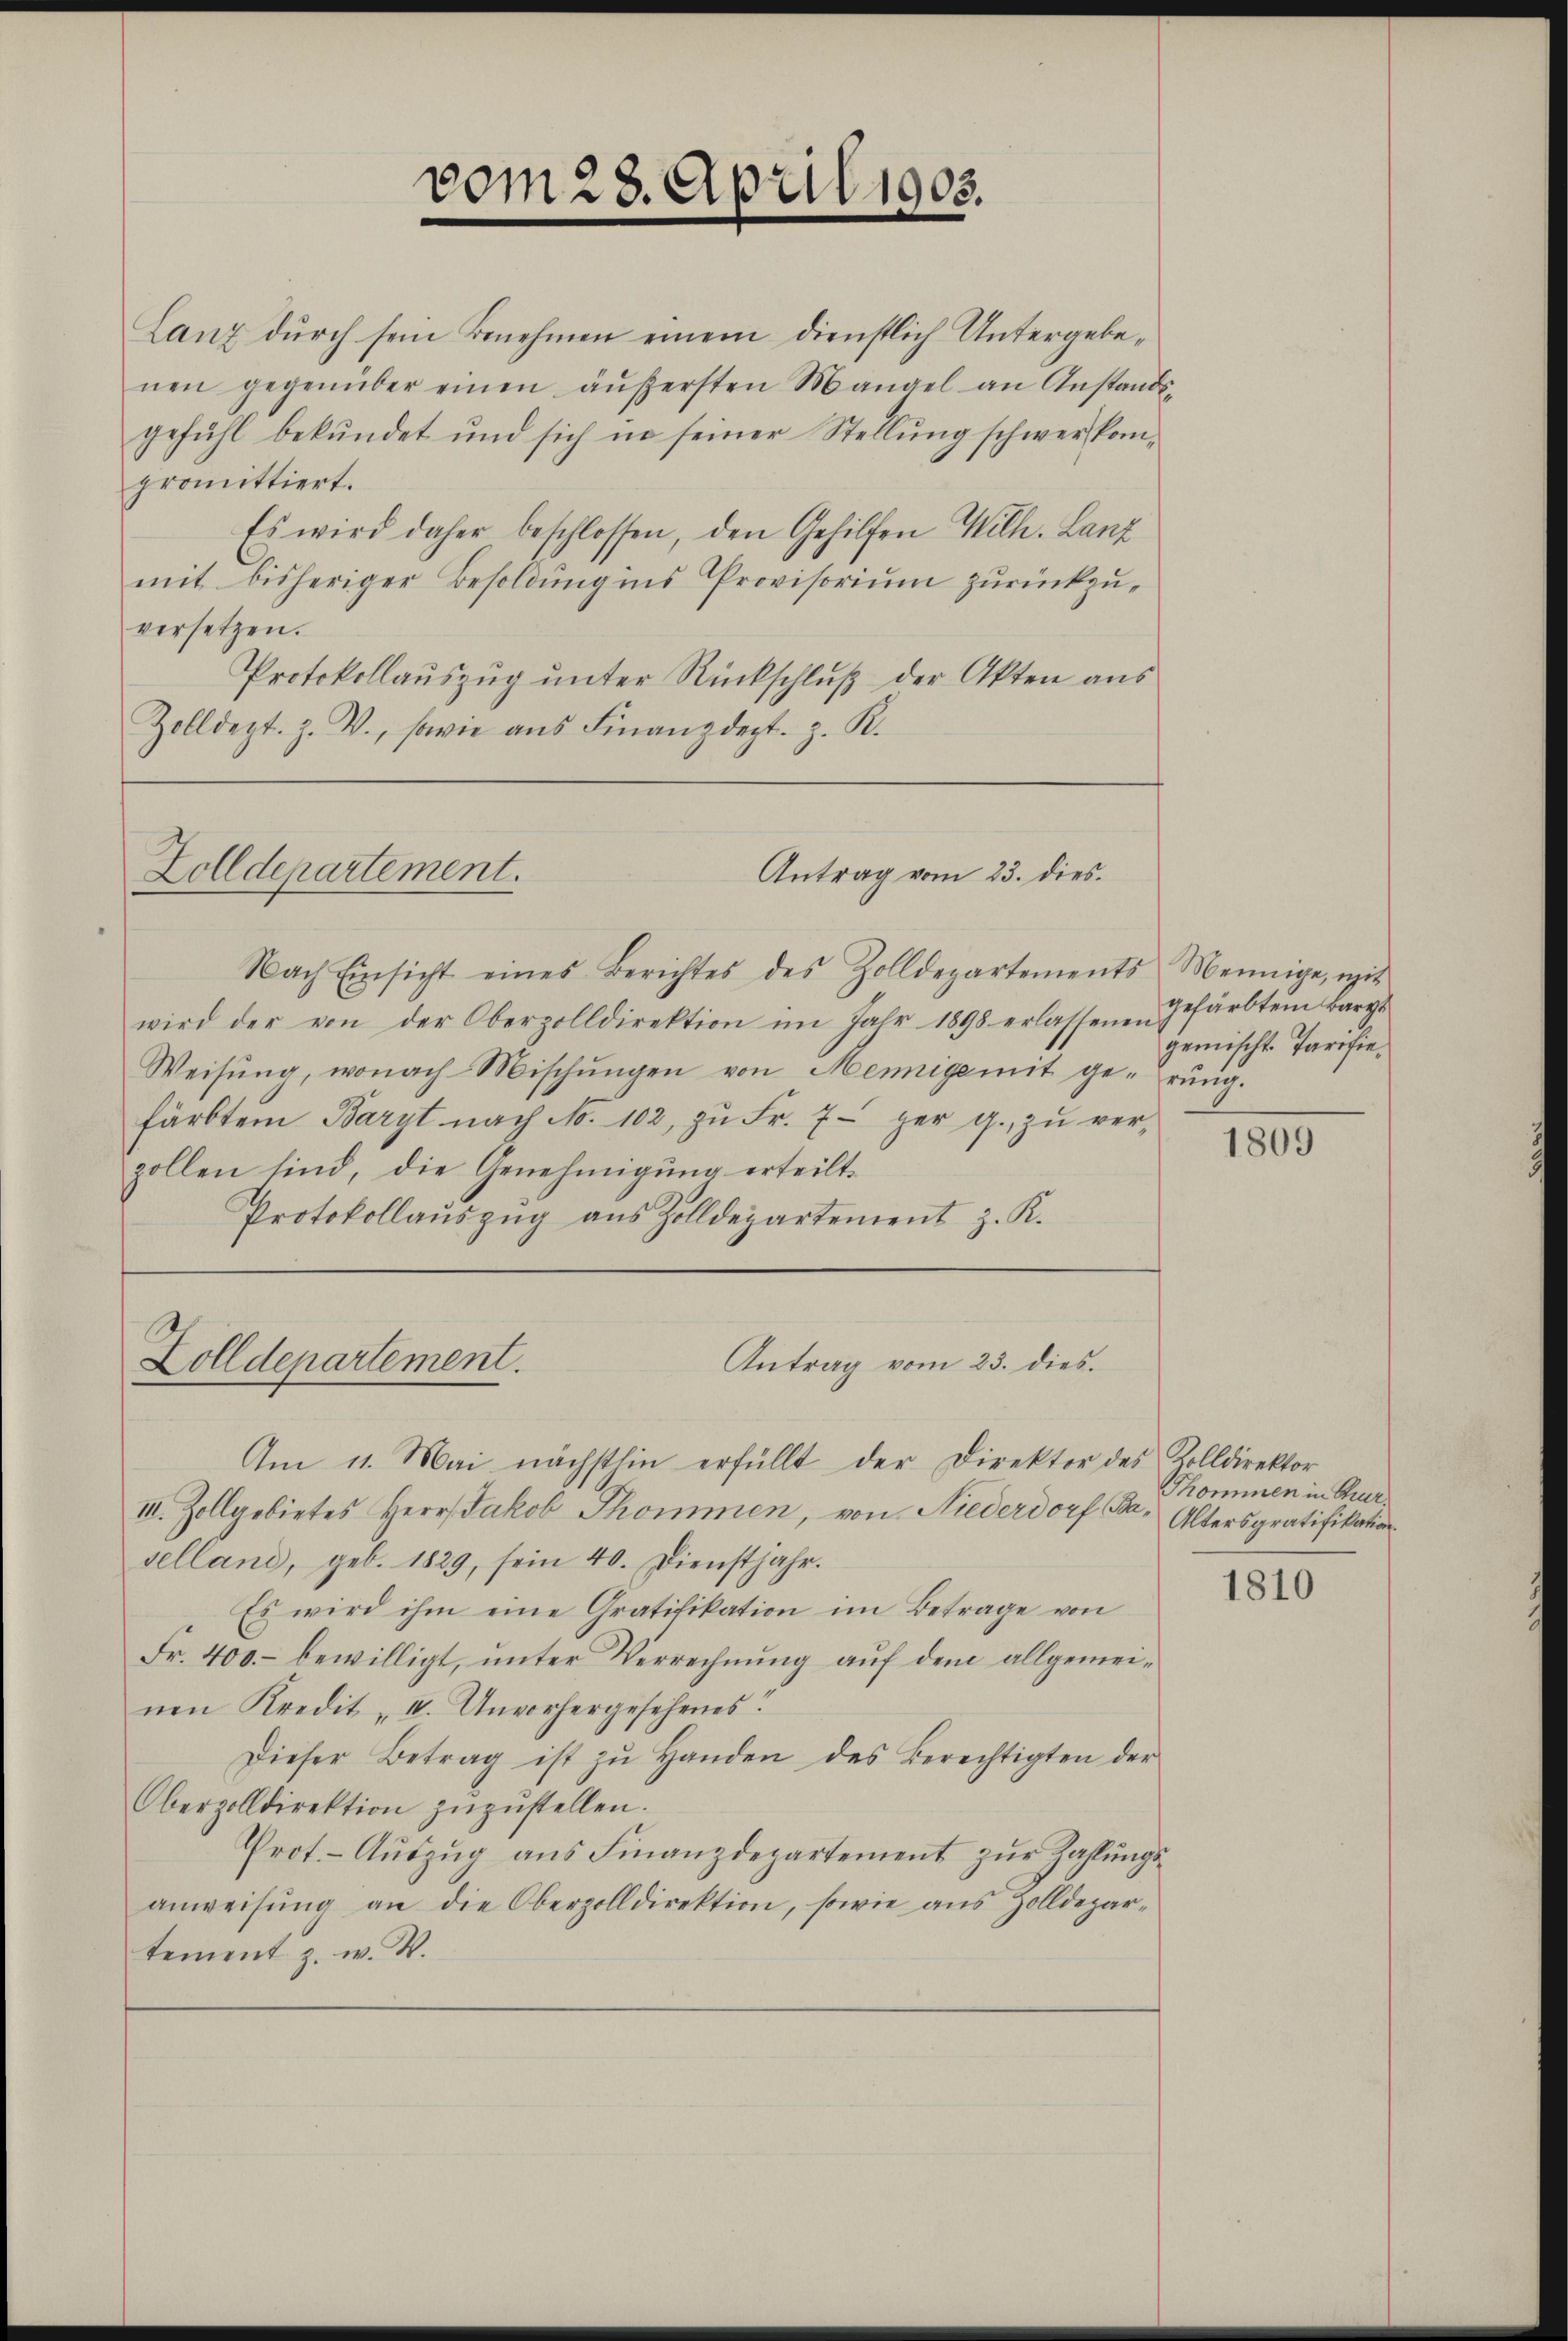
promittiert.
Es wird daher beschlossen, den Gehilfen Wilh. Lanz
mit bisheriger Besoldung ins Provisorium zurückzuversetzen.
Protokollauszug unter Rückschluß der Akten aus
Zolldept. Z. W., sowie aŭs Finanzdept. z. R.

Zolldepartement.
Antrag vom 23. dies.

Zolldepartement.

vom 28. April 1905.

Lanz durch sein Benehmen einem dienstlich Untergebenen gegenüber einen äußersten Mangel an Anstands-
gefühl bekundet und sich in seiner Stellung schwer kom¬

Nach Einsicht eines Berichtes des Zolldepartements einige, mit
wird der von der Oberzolldirektion im Jahr 1898 erlassenen.
Weisŭng, wonach Mischŭngen von Mennigemit ge-rŭng.
färbtem Baryt nach No. 102, zŭ Fr. 7. per g. zŭ ver-
zollen sind, die Genehmigung erteilt.
Protokollauszug aus Zolldepartement z. K.

Antrag vom 23. dies.

Am 11. Mai nächstlin erfüllt der Direktor des Kolldirektor
III. Zollgebietes Herr Jakob Thommen, von Niederdorf (Ba. Altersgratifikation
selland, geb. 1829, sein 40. Dienstjahr.
Es wird ihm eine Gratifikation im Betrage von
Fr. 400.- bewilligt, unter Verrechnung auf dem allgemeinen Kredit „IV. Unvorhergesehenes?
Dieser Betrag ist zŭ Handen des Berechtigten der
Oberzolldirektion zŭzŭstellen.
Prot. - Aŭszŭg ans Finanzdepartement zŭr Zahlungsanweisŭng an die Oberzolldirektion, sowie aus Zolldepar-
tement z. w. W.

gefärbtem Barge
gemischt Tarifie,

1809

Thommen in Thur

1810